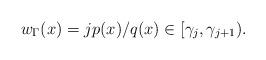
LaTeX: \begin{align*} w_\Gamma(x) = j p(x) / q(x) \in [\gamma_{j}, \gamma_{j+1}). \end{align*}